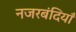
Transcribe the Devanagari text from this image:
नजरबंदियाँ